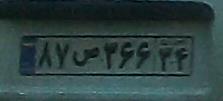
۸۷ص۳۶۶۳۴